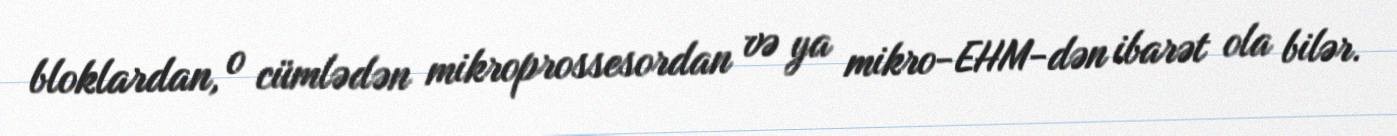
bloklardan, o cümlədən mikroprossesordan və ya mikro-EHM-dən ibarət ola bilər.